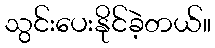
သွင်းပေးနိုင်ခဲ့တယ်။